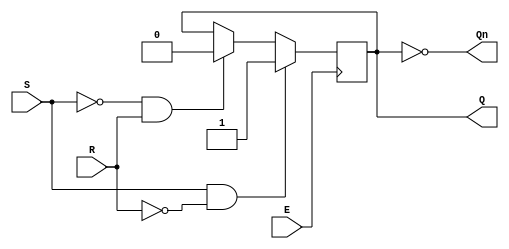
module gated_sr_latch (
    input wire S,      // Set input
    input wire R,      // Reset input
    input wire E,      // Enable input
    output reg Q,      // Output Q
    output wire Qn     // Complementary output Q'
);

// Generate Qn as the inverse of Q
assign Qn = ~Q;

// Always block to handle the gated SR latch behavior
always @(posedge E) begin
    if (S && ~R) begin
        Q <= 1'b1;  // Set state
    end else if (~S && R) begin
        Q <= 1'b0;  // Reset state
    end
    // If S and R are both 0, Q retains its state (memory)
    // If S and R are both 1, the state is undefined and should be avoided
end

// Handle the case when Enable is low
always @(negedge E) begin
    // When E is low, maintain the previous state of Q
    // No changes are made to Q
end

endmodule